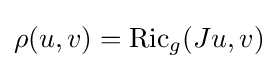
\rho (u,v)=\operatorname {Ric} _{g}(Ju,v)